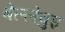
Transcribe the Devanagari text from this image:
बेल्लेवुइ